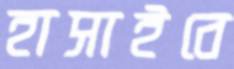
হাসাইবে